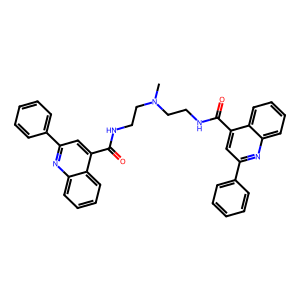
SMILES: CN(CCNC(=O)c1cc(-c2ccccc2)nc2ccccc12)CCNC(=O)c1cc(-c2ccccc2)nc2ccccc12
Inhibits HIV replication: No